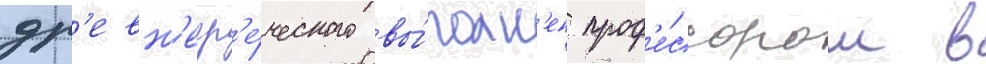
др'евн'егр'е́ческого вы́полн'ен проф'е́ссором в